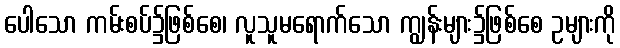
ပေါသော ကမ်းစပ်၌ဖြစ်စေ၊ လူသူမရောက်သော ကျွန်းများ၌ဖြစ်စေ ဥများကို